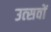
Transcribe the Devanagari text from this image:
उत्‍सवों